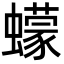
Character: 蠓